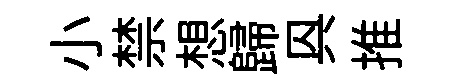
小禁想歸㒷推